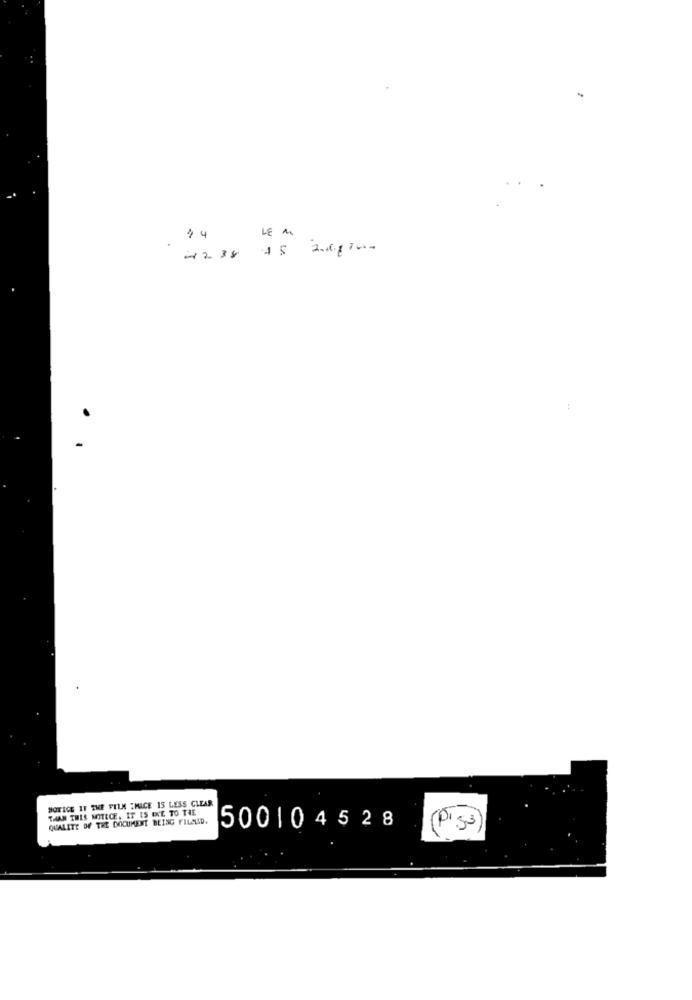
14
LE M
4238 45 2010
HOTICE IF THE FILM "MACE 15 LESS CLEAR
THAN THIS NOITECE, IT IS EXCE TO THE
QUALITY OF THE DOCUMENT BEING FILSAD.
500104528
(PS3)